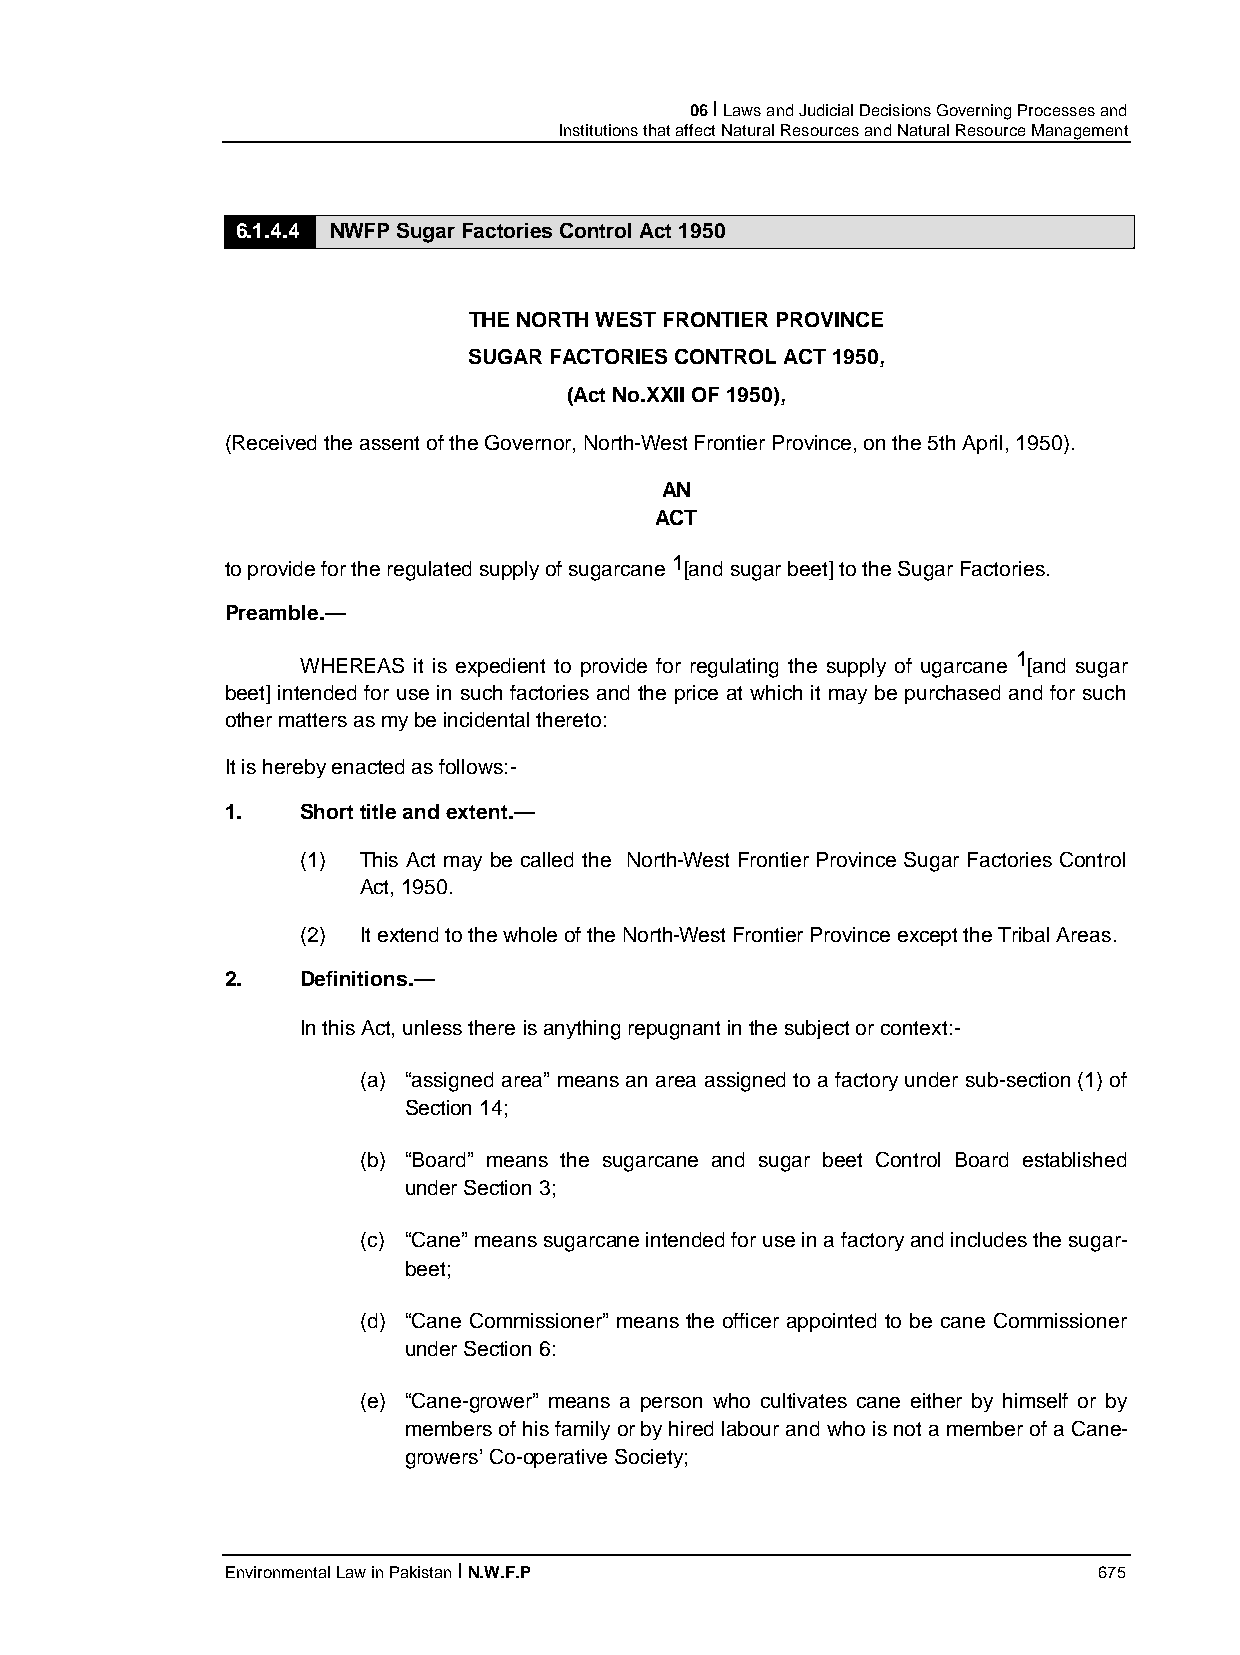
06 I Laws and Judicial Decisions Governing Processes and
 Institutions that affect Natural Resources and Natural Resource Management
 6.1.4.4 NWFP Sugar Factories Control Act 1950
 THE NORTH WEST FRONTIER PROVINCE
 SUGAR FACTORIES CONTROL ACT 1950,
 (Act No.XXII OF 1950),
 (Received the assent of the Governor, North-West Frontier Province, on the 5th April, 1950).
 AN
 ACT
 1
 to provide for the regulated supply of sugarcane [and sugar beet] to the Sugar Factories.
 Preamble.—
 1
 WHEREAS it is expedient to provide for regulating the supply of ugarcane [and sugar
 beet] intended for use in such factories and the price at which it may be purchased and for such
 other matters as my be incidental thereto:
 It is hereby enacted as follows:-
 1.   Short title and extent.—
 (1) This Act may be called the North-West Frontier Province Sugar Factories Control
 Act, 1950.
 (2) It extend to the whole of the North-West Frontier Province except the Tribal Areas.
 2.   Definitions.—
 In this Act, unless there is anything repugnant in the subject or context:-
 (a) “assigned area” means an area assigned to a factory under sub-section (1) of
 Section 14;
 (b) “Board” means the sugarcane and sugar beet Control Board established
 under Section 3;
 (c) “Cane” means sugarcane intended for use in a factory and includes the sugar-
 beet;
 (d) “Cane Commissioner” means the officer appointed to be cane Commissioner
 under Section 6:
 (e) “Cane-grower” means a person who cultivates cane either by himself or by
 members of his family or by hired labour and who is not a member of a Cane-
 growers’ Co-operative Society;
 Environmental Law in Pakistan I N.W.F.P                   675